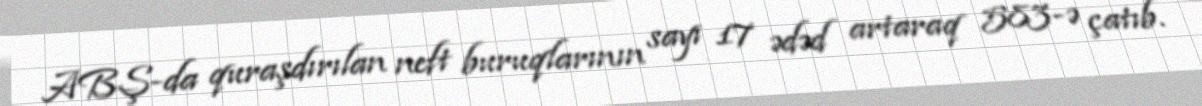
ABŞ-da quraşdırılan neft buruqlarının sayı 17 ədəd artaraq 583-ə çatıb.